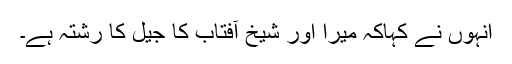
انہوں نے کہاکہ میرا اور شیخ آفتاب کا جیل کا رشتہ ہے۔